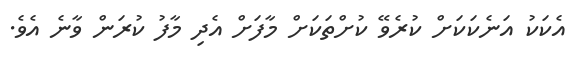
އެކަކު އަނެކަކަށް ކުރެވޭ ކުށްތަކަށް މާފަށް އެދި މާފު ކުރަން ވާނެ އެވެ.